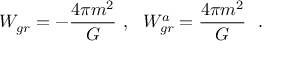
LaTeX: W _ { g r } ^ { } = - { \frac { 4 \pi m ^ { 2 } } { G } } ~ , ~ ~ W _ { g r } ^ { a } = { \frac { 4 \pi m ^ { 2 } } { G } } ~ ~ .